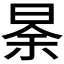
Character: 𱢆